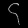
Digit: ၄